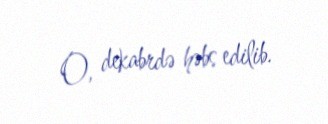
O, dekabrdə həbs edilib.